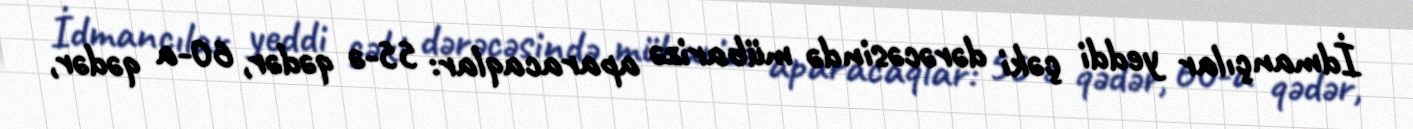
İdmançılar yeddi çəki dərəcəsində mübarizə aparacaqlar: 55-ə qədər, 60-a qədər,